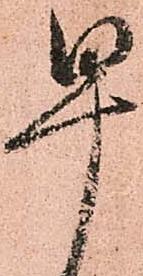
早